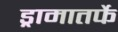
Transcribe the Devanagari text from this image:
ड्रामातर्फे